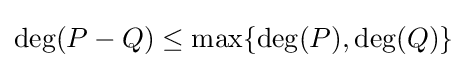
\deg(P-Q)\leq \max\{\deg(P),\deg(Q)\}